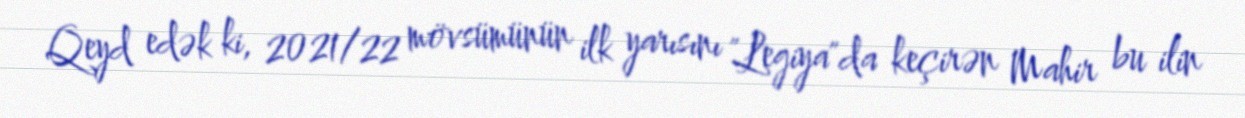
Qeyd edək ki, 2021/22 mövsümünün ilk yarısını "Legiya"da keçirən Mahir bu ilin